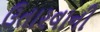
ઉતારવાની